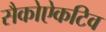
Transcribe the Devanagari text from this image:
सैकोऐकटिव